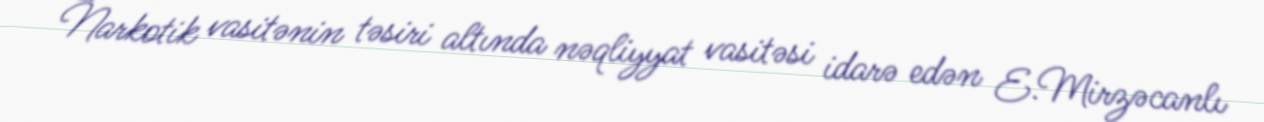
Narkotik vasitənin təsiri altında nəqliyyat vasitəsi idarə edən E.Mirzəcanlı